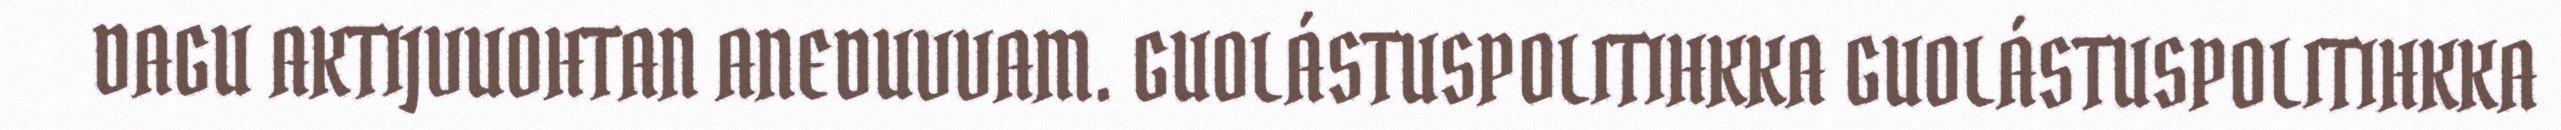
DAGU AKTIJVUOHTAN ANEDUVVAM. GUOLÁSTUSPOLITIHKKA GUOLÁSTUSPOLITIHKKA